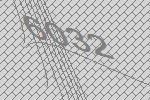
6032